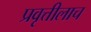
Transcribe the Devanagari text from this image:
प्रवृत्तीलाच